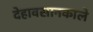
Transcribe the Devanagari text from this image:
देहावसानकाले